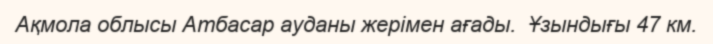
Ақмола облысы Атбасар ауданы жерімен ағады.  Ұзындығы 47 км.